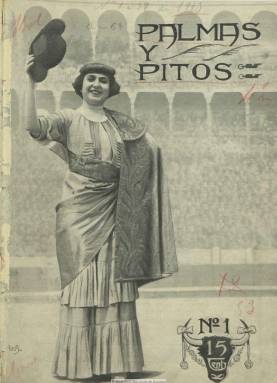
Título: Palmas y pitos (Madrid)
Colección: Toros
Ámbito geográfico: Madrid
Lugar de publicación: Madrid
Fechas: 24/03/1913-27/11/1915

Una de las revistas que con este título han circulado en la historia de la prensa taurina española y que aparece el 24 de marzo de 1913, al comienzo de la temporada de este año, impresa en papel couché, lo que hizo que fueran excelentemente estampadas las fotografías que publica. Su cubierta la ocupa generalmente el retrato de un torero, impresa a sangre, o una composición acompañada de otras con lances taurinos, que más adelante imprime también a varias tintas. Sus entregas son semanales, y pasaron de las dieciséis a las veinte páginas, y su precio, de quince a veinte céntimos. Su director literario fue el popular y reputado escritor taurino vallisoletano y también militar José Casado Pardo, que utilizó el seudónimo Don Pepe, y que sería fusilado tras estallar la guerra civil en 1936. Pudo acompañarle en la fundación de la revista el también militar y dibujante y caricaturista Cesáreo del Villar Besada, conocido con el seudónimo Karikato y fallecido en 1941, aunque este dato no es definitivo. Quien si le acompañó en esta aventura periodística fue José Remón Vallejo, que aparece como director literario, y con el que Casado había escrito una obra conjuntamente a principios de siglo.

La revista contó con un buen número de corresponsales literarios y fotográficos de provincias, así como en México, a los que el director les exigió que, ante el descrédito que estaba sufriendo la prensa taurina, sus reseñas fueran breves y concisas, además de veraces e imparciales, en las que no debían emplearse “palabras tabernarias ni soeces, ni insultos”. Dada la calidad del papel de impresión, sus ilustraciones, generalmente fotografías, aunque también insertó algunos dibujos y caricaturas, son excelentes, y pagaba dos pesetas por cada una publicada. También inserta, como folletín, La tauromaquia, arte de torear, de José Delgado ‘Illo’.

El director, a través de su seudónimo Don Pepe, será el autor de numerosos textos, y en una prensa donde los motes o seudónimos son un elemento clásico, aparecen colaboraciones firmadas por Don Pío, El Conde de Liria, Damocles, Panchito, Castrito, Paco Pica-Poco, Volapié o Trevedes, correspondiendo este a su corresponsal en Murcia, Joaquín Pagan, o Don Verdades, su corresponsal en Barcelona. Entre sus numerosas colaboraciones también aparecen las firmas de Regino Velasco o la de Martín Vidal, corresponsal éste de Valencia, y la de Enrique Vargas (Minuto). Entre las de los fotógrafos, las del mítico Alfonso y la de Serrano (Madrid), Bosch (Alicante) o P. Ordoñez (Murcia). Alguna caricatura es de E. Carrasco.

Entre sus secciones se encuentran Mentidero taurino, Hablando con la afición, Coladas y coletazos, Índice de espadas y ganaderos y Lidiadores notables. Publica crónicas de los festejos taurinos, dedicando especial atención a la ferias de la capital y de provincias, semblanzas y biografías de toreros, temas sociales varios relacionados con este mundo, y más adelante también dedica espacio a la actualidad teatral. Suele también reproducir primeras páginas de la revista taurina La lidia (1882-1900).

Cuando los toros era el espectáculo más popular, en cuyas plazas podían reunirse entre ocho y doce mil espectadores, la publicación de la revista coincide con una nueva época de la Edad de Oro de la tauromaquia, una vez que desaparece la rivalidad entre Rafael González ‘Machaquito’ (1897-1995) y Ricardo Torres Reina ‘Bombita’ (1879-1936), que se retiran en 1913, pero aparece la de Juan Belmonte (1892-1962), que había tomado la alternativa en 1912, con José Gómez Ortega ‘Joselito’ o ‘Gallito’ (1895-1920), que la tomará en 1913, y que formarán la pareja más famosa en la historia del toreo, hasta la muerte prematura de este último en plena faena. También sobresalían entonces en la fiesta Rafael Gómez Ortega ‘El Gallo’ (1882-1969), Manuel Mejías ‘Bienvenida’ (1884-1964), Manuel Torres Reina ‘Bombita Chico’ (1884-1936), el madrileño Vicente Pastor Durán (1879-1966) o el mexicano Rodolfo Gaona (1888-1975), entre otros.

El último número de la colección de la Biblioteca Nacional de España corresponde al 27 de noviembre de 1915, al final de la temporada de ese año, y aunque anuncia que volverá a aparecer reformada, no debió hacerlo. En esta última entrega, además del escalafón de los toreros, lo dedica ampliamente al diestro Juan Belmonte, del que su director, José Casado, fue un reconocido entusiasta.